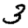
Digit: 3